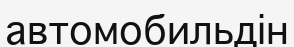
автомобильдін